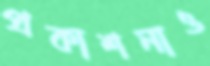
প্রকাশনাও